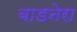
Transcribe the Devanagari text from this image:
बाडनेरा